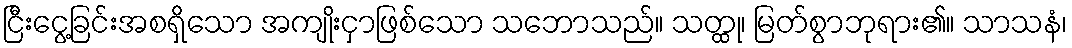
ငြီးငွေ့ခြင်းအစရှိသော အကျိုးငှာဖြစ်သော သဘောသည်။ သတ္ထု၊ မြတ်စွာဘုရား၏။ သာသနံ၊